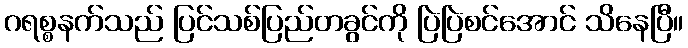
ဂရစ္စနက်သည် ပြင်သစ်ပြည်တခွင်ကို ပြဲပြဲစင်အောင် သိနေပြီ။